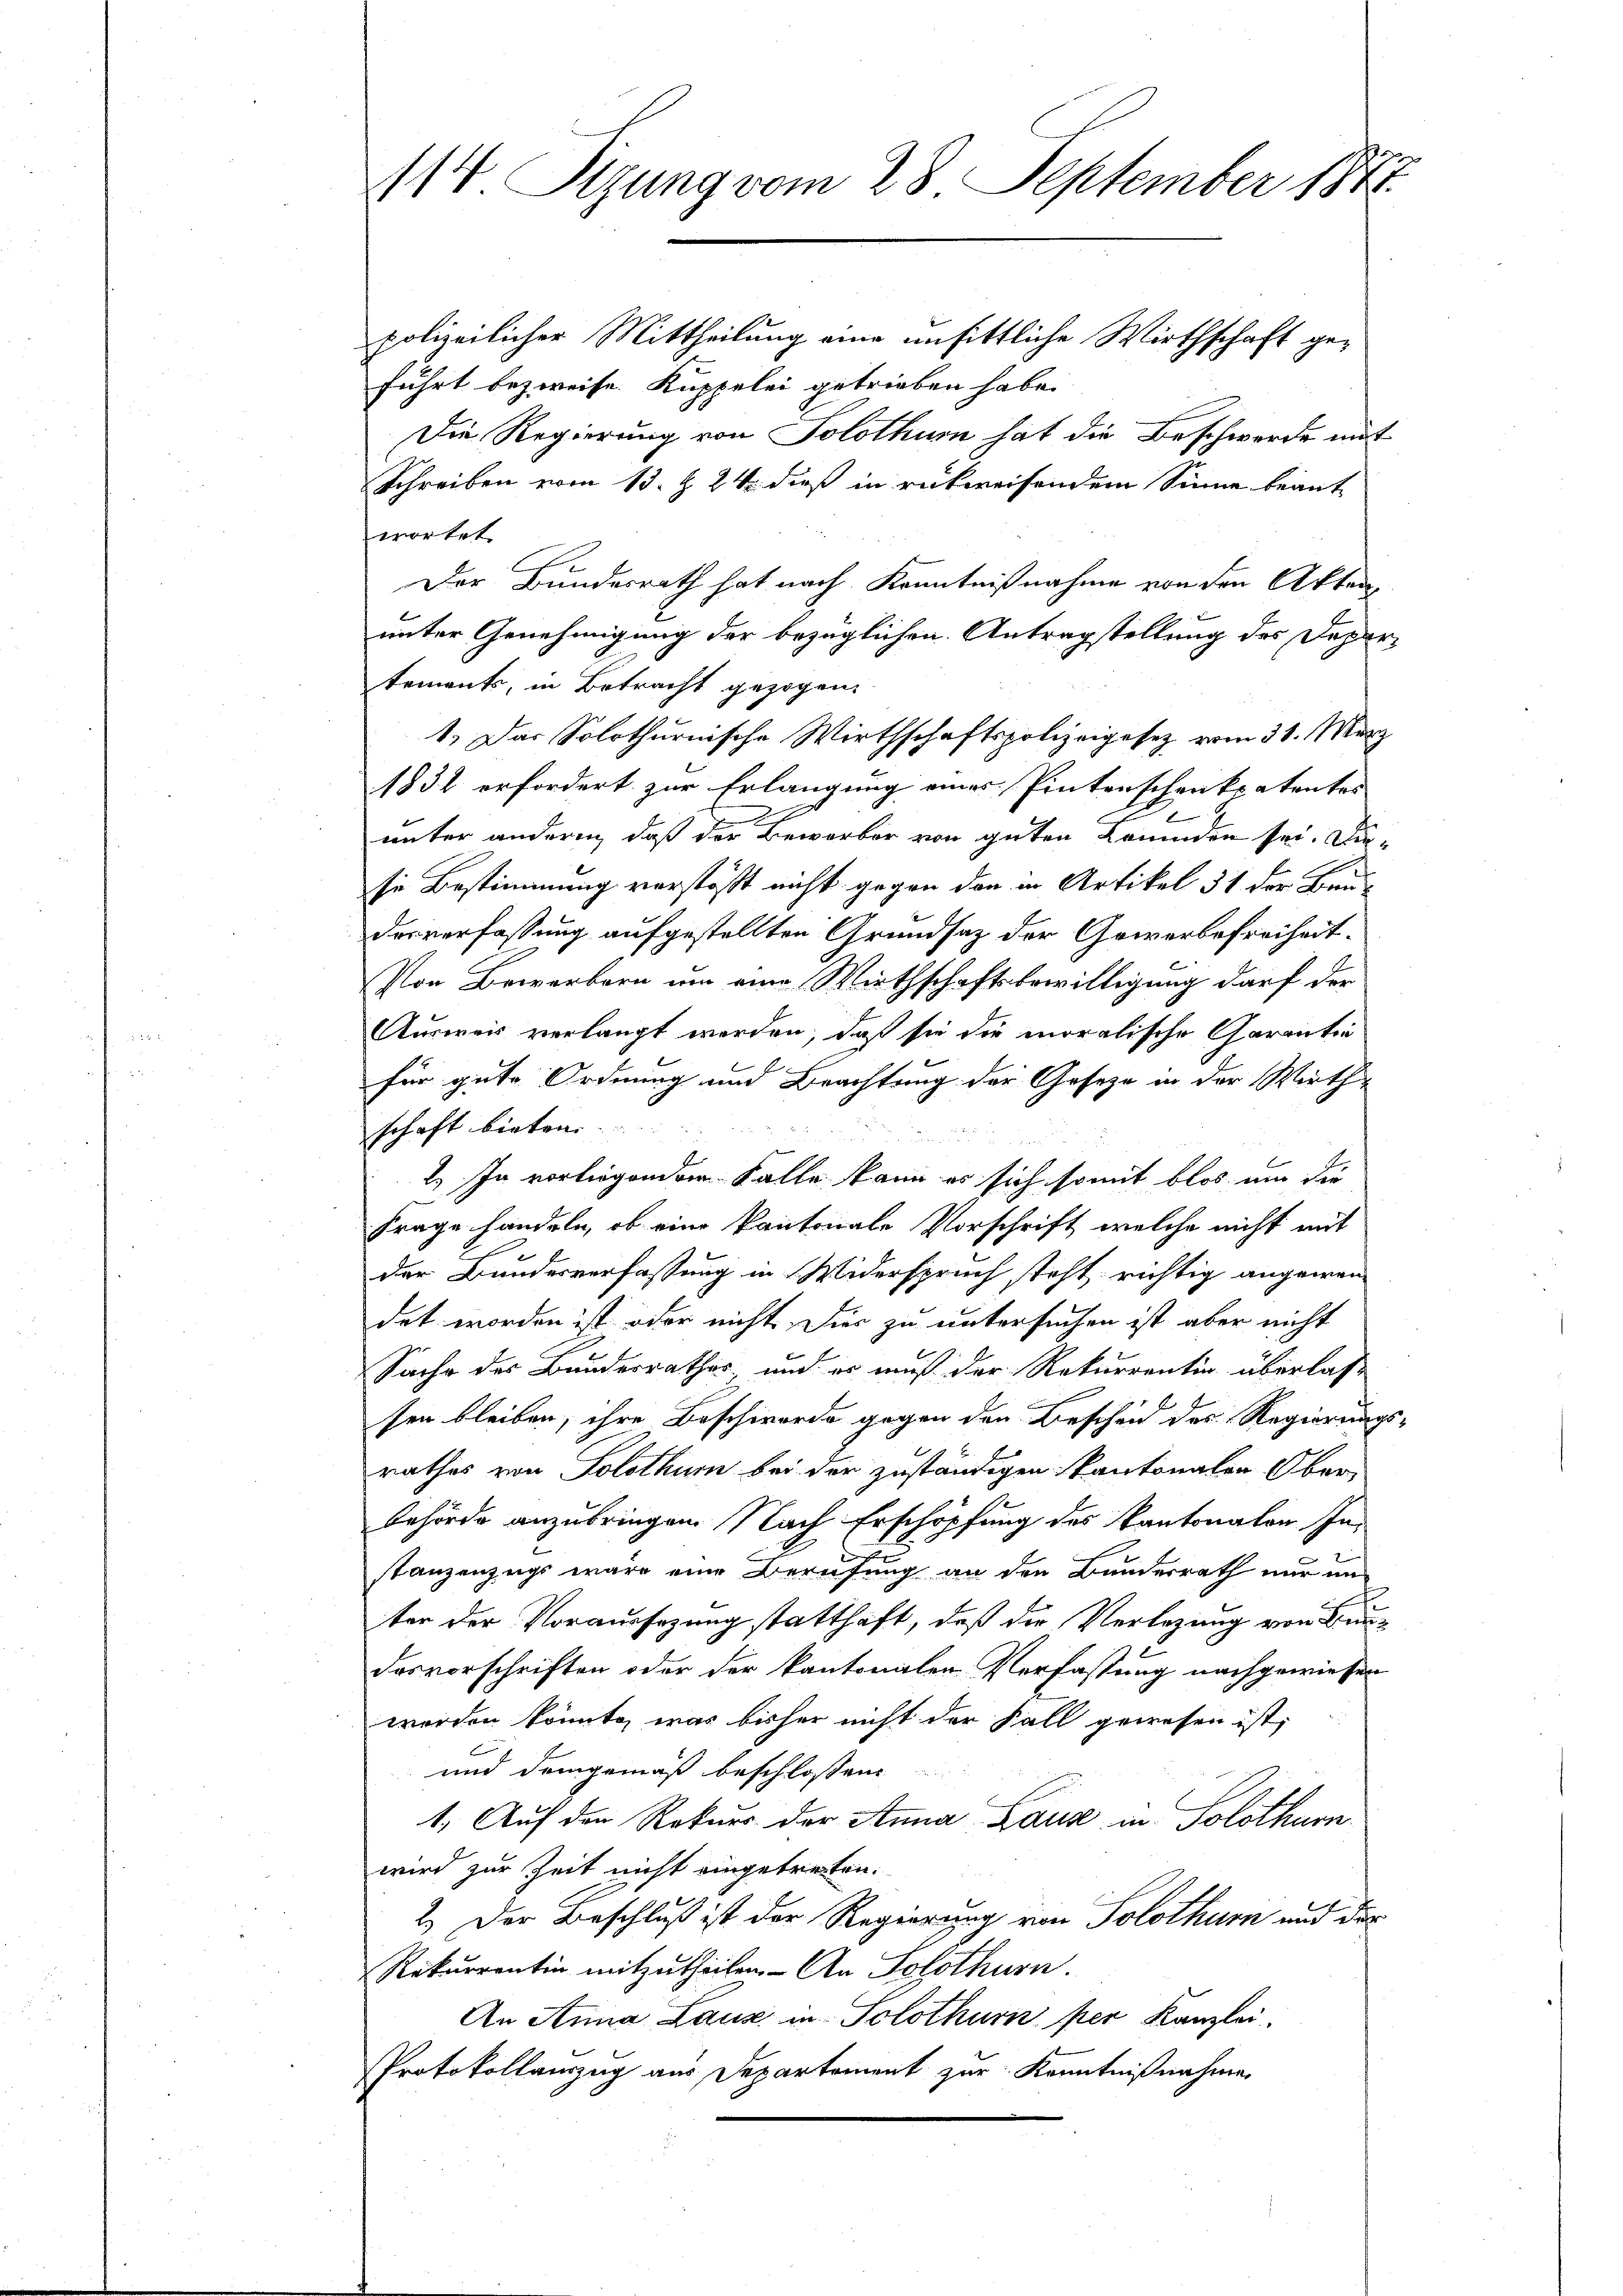
114. Sizung vom 28. September 1871.
polizeilicher Mittheilung eine unsittliche Wirthschaft ge¬

führt bezweife. Kuppelei getrieben habe.
Die Regierung von Solothur hat die Beschwerde mit
Schreiben vom 13. Z. 24. dieß in rückweisendem Sinne beant
wortet.
Der Bundesrath hat nach Kenntnißnahme von den Aktenunter Genehmigung der bezüglichen Antragstellung des Departements, in Betracht gezogen.
1. Das Solothurnische Wirthschaftspolizeigesetz vom 31. März
1831 erfordert zur Erlangung eines Pintenschenkpatentes
unter andern, daß der Bewerber von guten Fremden sei. Diese Bestimmung verstößt nicht gegen den in Artikel 31 der Bau-
desverfassung aufgestellten Grundsatz der Gewerbefreiheit.
Von Bewerbern um eine Wirthschaftsbewilligung darf der
Ausweis verlangt werden, daß sie die moralische Garantin
für gute Ordnung und Beachtung der Gesetze in der Wirthe
schaft bieten
2. In vorliegenden Falle kann es sich somit blos um die
Frage handeln, ob eine kantonale Vorschrift, welche nicht mit
der Bundesverfassung in Widerspruch steht richtig angewen-
det worden ist oder nicht. Dies zu untersuchen ist, aber nicht
Sache des Bundesrathes, und es muß der Rekurrentin überlass
sen bleiben, ihre Beschwerde gegen den Bescheid des Regierungs-
rathes von Solothur bei der zuständigen Kantonalen Ober-
behörde anzubringen. Nach Erschöpfung des Kantonalen In-
stanzenzugs wäre eine Berufung an den Bundesrath nur um
ter der Voraussezung statthaft, daß die Verlegung von Bundesvorschriften oder der kantonalen Verfassung nachgewiesen
worden könnte, was bisher nicht der Fall gewesen ist,
und demgemäß beschlossen:
1. Auf den Rekurs der Anna Laus in Solothurn
wird zur Zeit nicht eingetreten.
2.) Der Beschluß ist der Regierung von Solothurn und der
Rekurrentin mitzŭtheilen. An Solothurn.
An Anna Lauz in Solothurn per Kanzlei.
Protokollauszug aus Departement zur Kenntnißnahme